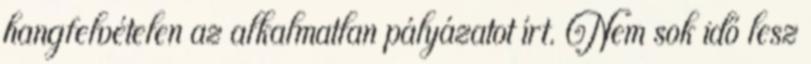
hangfelvételen az alkalmatlan pályázatot írt. Nem sok idő lesz